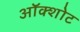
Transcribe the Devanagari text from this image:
ऑक्शोट